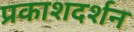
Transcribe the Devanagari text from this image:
प्रकाशदर्शन